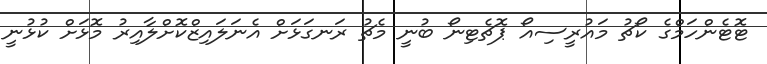
ޓޮޓެންހަމްގެ ކޯޗު މައުރީސިއޯ ޕޮޗެޓިނޯ ބުނީ މެޗު ރަނގަޅަށް އެނަލައިޒްކޮށްލާއިރު މޮޅަށް ކުޅުނީ